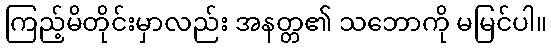
ကြည့်မိတိုင်းမှာလည်း အနတ္တ၏ သဘောကို မမြင်ပါ။